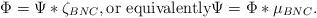
LaTeX: \begin{align*}\Phi = \Psi \ast \zeta_{BNC}, \mbox{or equivalently} \Psi = \Phi \ast \mu_{BNC}.\end{align*}